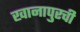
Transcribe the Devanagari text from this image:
खानापुरची